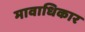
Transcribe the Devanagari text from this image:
मावाधिकार